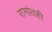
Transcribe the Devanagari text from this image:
रागांतही